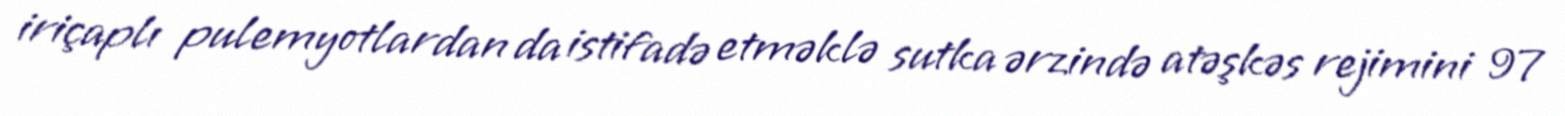
iriçaplı pulemyotlardan da istifadə etməklə sutka ərzində atəşkəs rejimini 97